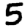
Digit: 5